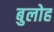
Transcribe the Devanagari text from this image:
बुलोह